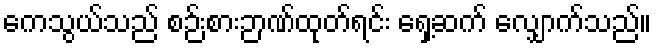
ကေသွယ်သည် စဉ်းစားဉာဏ်ထုတ်ရင်း ရှေ့ဆက် လျှောက်သည်။